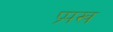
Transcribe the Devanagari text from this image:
प्र्पख